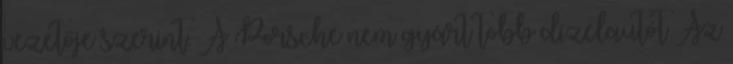
vezetője szerint. A Porsche nem gyárt több dízelautót Az